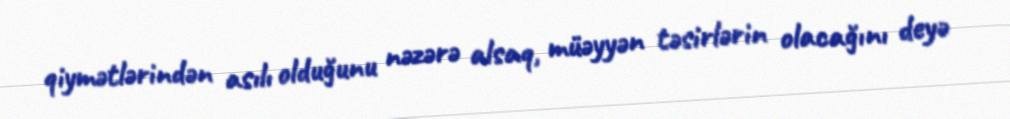
qiymətlərindən asılı olduğunu nəzərə alsaq, müəyyən təsirlərin olacağını deyə